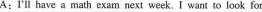
A: I'll have a math exam next week.I want to look for